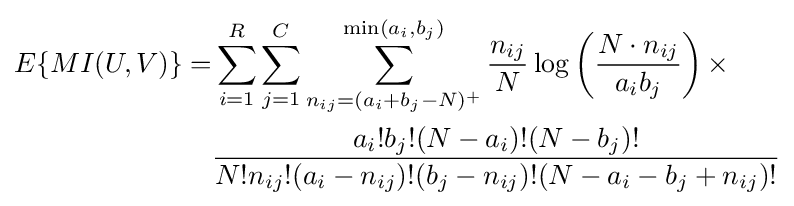
{\begin{aligned}E\{MI(U,V)\}=&\sum _{i=1}^{R}\sum _{j=1}^{C}\sum _{n_{ij}=(a_{i}+b_{j}-N)^{+}}^{\min(a_{i},b_{j})}{\frac {n_{ij}}{N}}\log \left({\frac {N\cdot n_{ij}}{a_{i}b_{j}}}\right)\times \\&{\frac {a_{i}!b_{j}!(N-a_{i})!(N-b_{j})!}{N!n_{ij}!(a_{i}-n_{ij})!(b_{j}-n_{ij})!(N-a_{i}-b_{j}+n_{ij})!}}\\\end{aligned}}